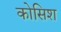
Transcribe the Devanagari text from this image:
कोसिश